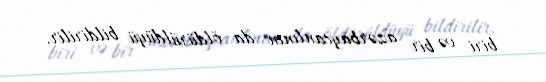
biri və bir azərbaycanlının da öldürüldüyü bildirilir.